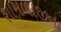
શામળાજીના